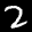
Label: 2